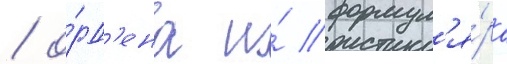
/ о́рд'ена и́ формул'я́ра